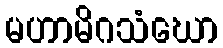
မဟာမိဂသံဃော